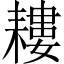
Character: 耬